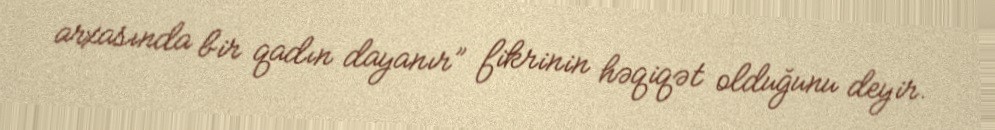
arxasında bir qadın dayanır” fikrinin həqiqət olduğunu deyir.